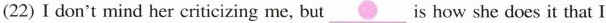
(22) I don't mind her criticizing me, but ___is how she does it that I